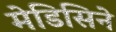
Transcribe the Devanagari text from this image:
मेडिसिने